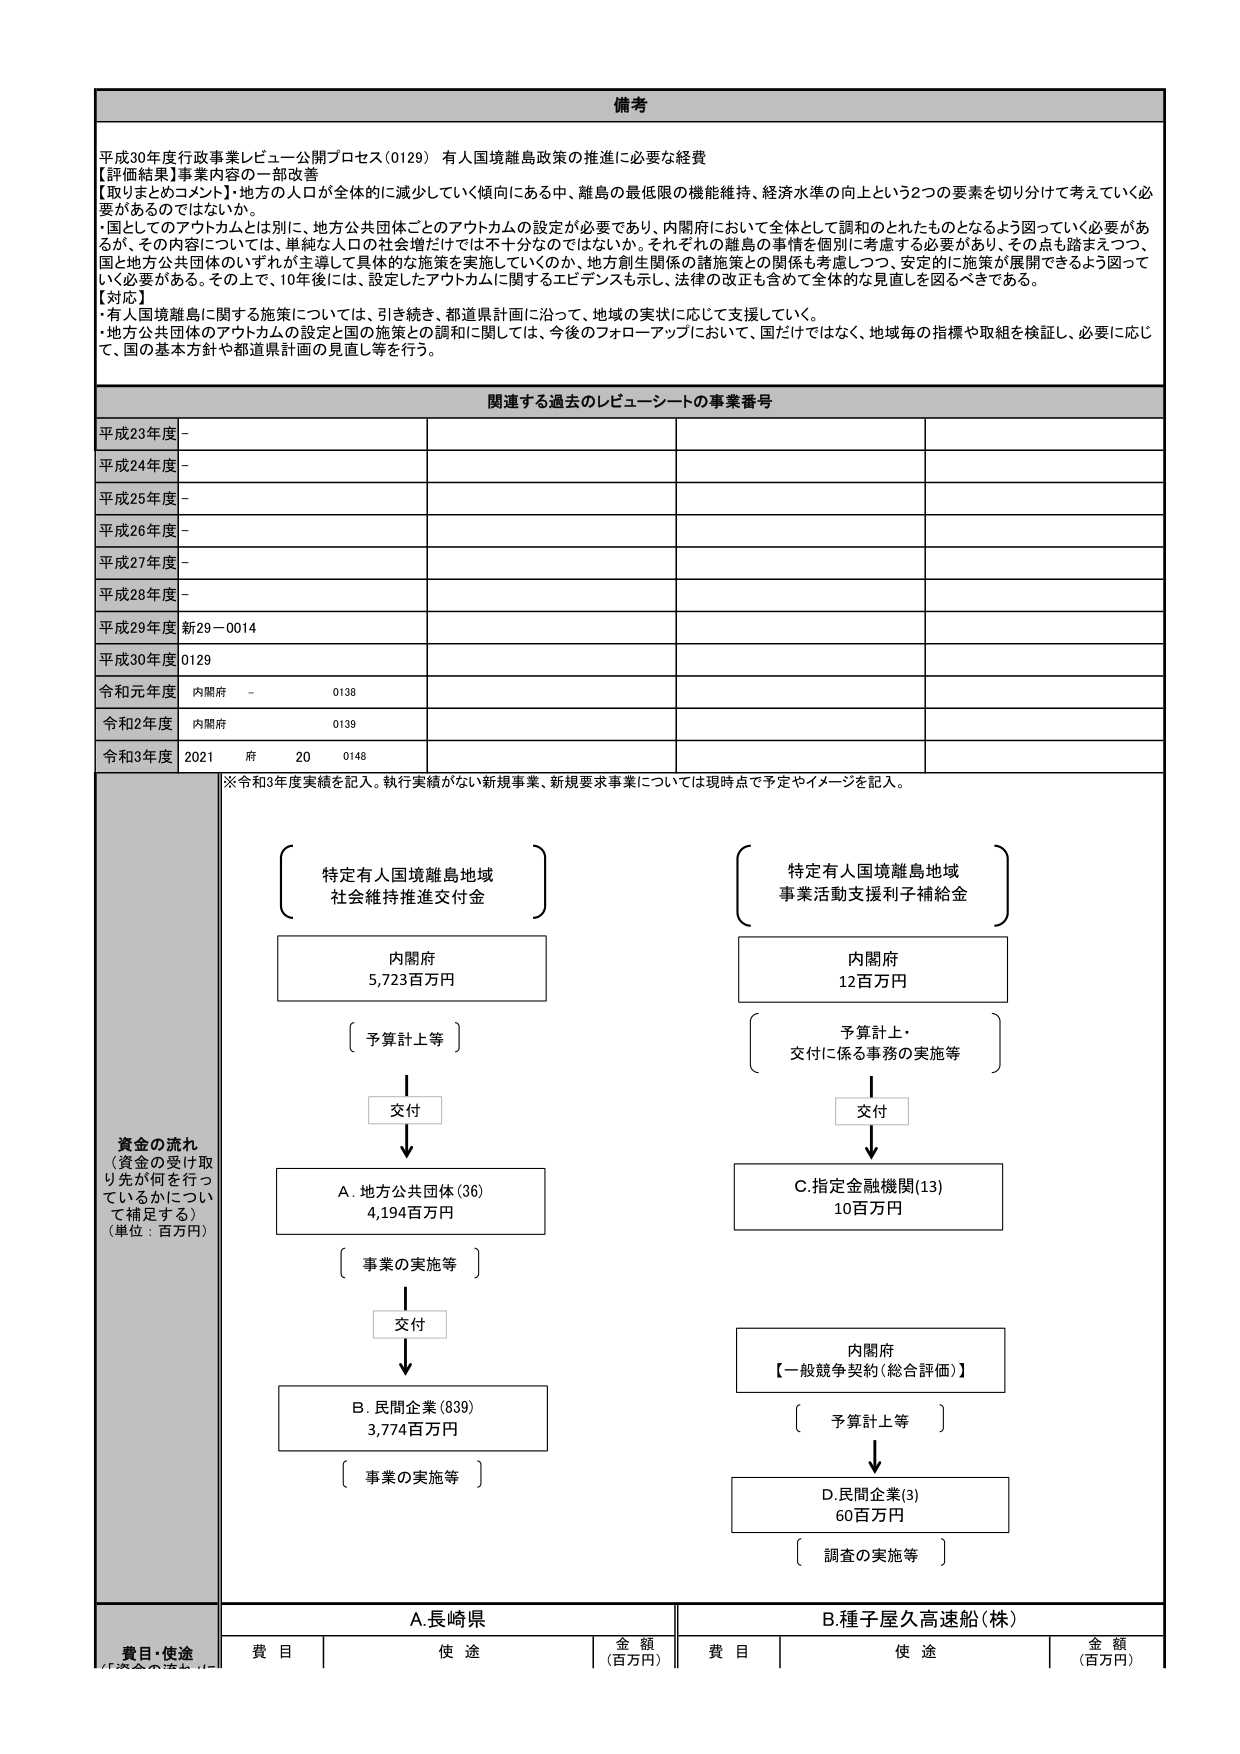
備考

平成30年度行政事業レビュー公開プロセス（0129） 有人国境離島政策の推進に必要な経費
【評価結果】事業内容の一部改善
【取りまとめコメント】地方の人口が全体的に減少していく傾向にある中、離島の最低限の機能維持、経済水準の向上という2つの要素を切り分けて考えていく必要があるのではないか。
・国としてのアウトカムとは別に、地方公共団体ごとのアウトカムの設定が必要であり、内閣府において全体として調和のとれたものとなるよう図っていく必要があるが、その内容については、単純な人口の社会増だけでは不十分なのではないか。それぞれの離島の事情を個別に考慮する必要があり、その点も踏まえつつ、国と地方公共団体のいずれが主導して具体的な施策を実施していくのか、地方創生関係の諸施策との関係も考慮しつつ、安定的に施策が展開できるよう図っていく必要がある。その上で、10年後には、設定したアウトカムに関するエビデンスも示し、法律の改正も含めて全体的な見直しを図るべきである。
【対応】
・有人国境離島に関する施策については、引き続き、都道県計画に沿って、地域の実状に応じて支援していく。
・地方公共団体のアウトカムの設定と国の施策との調和に関しては、今後のフォローアップにおいて、国だけではなく、地域毎の指標や取組を検証し、必要に応じて、国の基本方針や都道県計画の見直し等を行う。

関連する過去のレビューシートの事業番号

平成23年度 -
平成24年度 -
平成25年度 -
平成26年度 -
平成27年度 -
平成28年度 -
平成29年度 新29－0014
平成30年度 0129
令和元年度 内閣府 - 0138
令和2年度 内閣府 0139
令和3年度 2021 府 20 0148

※令和3年度実績を記入。執行実績がない新規事業、新規要求事業については現時点で予定やイメージを記入。

資金の流れ
（資金の受け取り先が何を行っているかについて補足する）
（単位：百万円）

特定有人国境離島地域
社会維持推進交付金

内閣府
5,723百万円

〔 予算計上等 〕

交付

A. 地方公共団体（36）
4,194百万円

〔 事業の実施等 〕

交付

B. 民間企業（839）
3,774百万円

〔 事業の実施等 〕

特定有人国境離島地域
事業活動支援利子補給金

内閣府
12百万円

〔 予算計上・
交付に係る事務の実施等 〕

交付

C. 指定金融機関（13）
10百万円

内閣府
【一般競争契約（総合評価）】

〔 予算計上等 〕

D. 民間企業（3）
60百万円

〔 調査の実施等 〕

費目・使途

A.長崎県

費目 | 使途 | 金額（百万円）

B.種子屋久高速船（株）

費目 | 使途 | 金額（百万円）